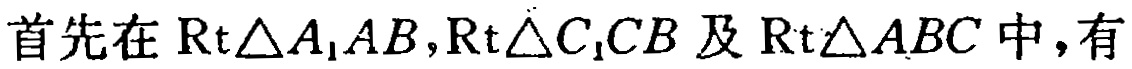
首先在$\mathrm{Rt}\triangle A_{1}AB,\mathrm{Rt}\triangle C_{1}CB$及$\mathrm{Rt}\triangle ABC$中，有